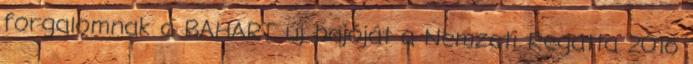
forgalomnak a BAHART új hajóját a Nemzeti Regatta 2016